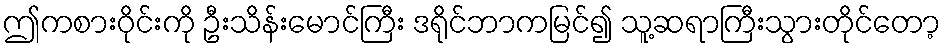
ဤကစားဝိုင်းကို ဦးသိန်းမောင်ကြီး ဒရိုင်ဘာကမြင်၍ သူ့ဆရာကြီးသွားတိုင်တော့